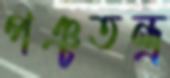
পঞ্চতন্ত্র